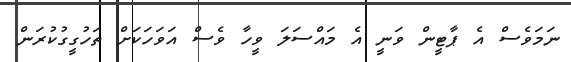
ނަމަވެސް އެ ޕާޓީން ވަނީ އެ މައްސަލަ ވީހާ ވެސް އަވަހަކަށް ތަހުގީގުކުރަން